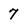
Character: 7